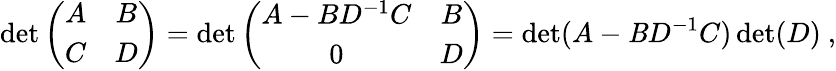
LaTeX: \operatorname*{det}\left(\begin{array}{cc}{{A}}&{{B}}\\ {{C}}&{{D}}\end{array}\right)=\operatorname*{det}\left(\begin{array}{cc}{{A-BD^{-1}C}}&{{B}}\\ {{0}}&{{D}}\end{array}\right)=\operatorname*{det}(A-\mathit{B}D^{-1}C)\operatorname*{det}(D)\ ,